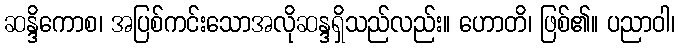
ဆန္ဒိကောစ၊ အပြစ်ကင်းသောအလိုဆန္ဒရှိသည်လည်း။ ဟောတိ၊ ဖြစ်၏။ ပညာဝါ၊